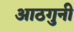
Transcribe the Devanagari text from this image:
आठगुनी